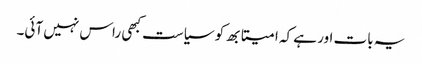
یہ بات اور ہے کہ امیتابھ کو سیاست کبھی راس نہیں آئی۔